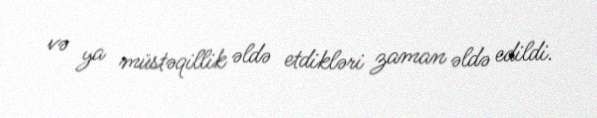
və ya müstəqillik əldə etdikləri zaman əldə edildi.